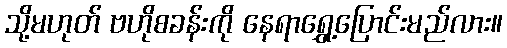
သို့မဟုတ် ဗဟိုစခန်းကို နေရာရွှေ့ပြောင်းမည်လား။